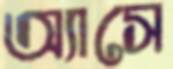
অ্যাসে